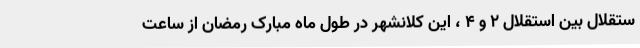
ستقلال بین استقلال ۲ و ۴ ، این کلانشهر در طول ماه مبارک رمضان از ساعت